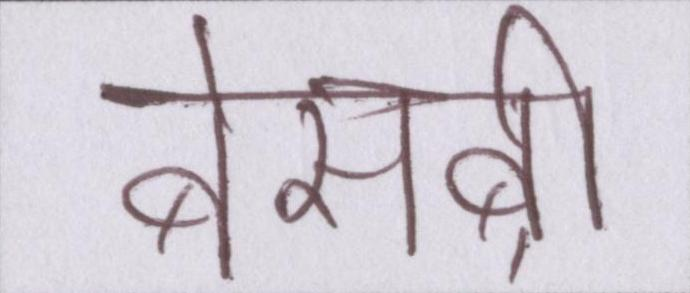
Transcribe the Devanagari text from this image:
बेसब्री